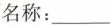
名称：___